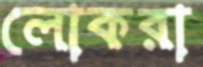
লোকরা